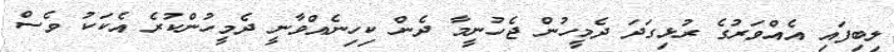
ލިބިފައި އެއްވަރުގެ ރުޅިގަދަ ދެމީހުން ޖެހުނީމާ ދެން ކިހިނެއްވާނީ ދެމީހުންކުރެ އެކަކު ވެސް